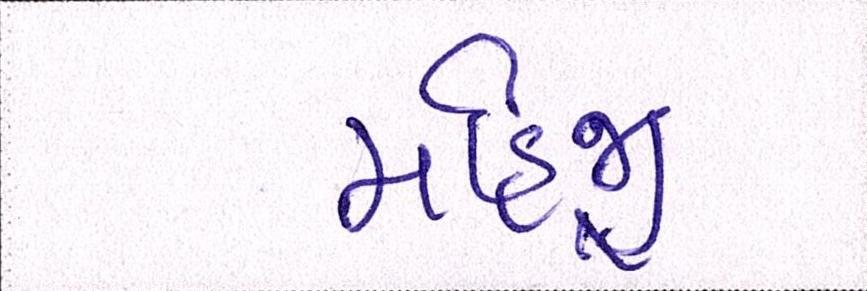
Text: મહિજી